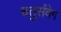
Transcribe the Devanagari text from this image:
चतुर्संवेग